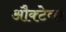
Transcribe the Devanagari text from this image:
औक्टेव्स